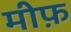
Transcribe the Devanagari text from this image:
मीफ़